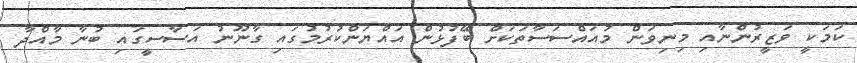
ކަމަކީ ވަޒީރުންނާއި މިނިވަން މުއައްސަސާތަކަށް ބޭފުޅުން އައްޔަންކުރުމުގައި ގާނޫނު އަސާސީގައި ބުނާ މާއްދާ